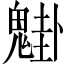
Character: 𩳴